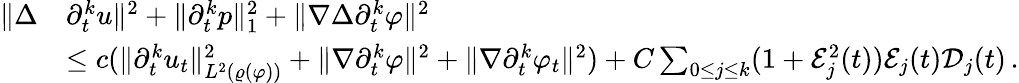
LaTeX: \begin{array}{rl}{\| \Delta}&{\partial_{t}^{k}u\| ^{2}+\| \partial_{t}^{k}p\| _{1}^{2}+\| \nabla\Delta\partial_{t}^{k}\varphi\| ^{2}}\\ &{\leq c(\| \partial_{t}^{k}u_{t}\| _{L^{2}(\varrho(\varphi))}^{2}+\| \nabla\partial_{t}^{k}\varphi\| ^{2}+\| \nabla\partial_{t}^{k}\varphi_{t}\| ^{2})+C\sum_{0\leq j\leq k}(1+\mathcal{E}_{j}^{2}(t))\mathcal{E}_{j}(t)\mathcal{D}_{j}(t)\, .}\end{array}